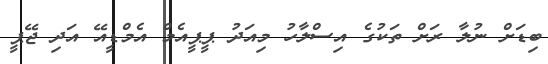
ބިޑަށް ނުލާ ރަށް ތަކުގެ އިސްލާހު މިއަދު ޕީޕީއެމް އެމްޑީއޭ އަދި ޖޭޕީ